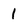
Character: 1